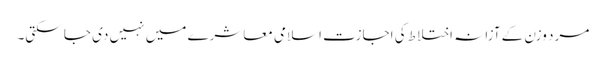
مرد وزن کے آزانہ اختلاط کی اجازت اسلامی معاشرے میں نہیں دی جا سکتی۔